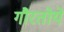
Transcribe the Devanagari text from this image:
गौरतोये